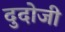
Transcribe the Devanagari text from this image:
दुदोजी